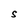
Character: S